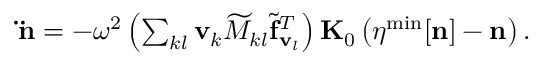
\begin{array} { r } { { \bf \ddot { n } } = - \omega ^ { 2 } \left( \sum _ { k l } { \bf v } _ { k } { \widetilde M _ { k l } } { \widetilde { \bf f } _ { { \bf v } _ { l } } } ^ { T } \right) { \bf K } _ { 0 } \left( { \boldsymbol \eta } ^ { \mathrm { m i n } } [ { \bf n } ] - { \bf n } \right) . } \end{array}